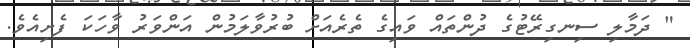
" ދަމާލި ސިނގިރޭޓުގެ ދުންތައް ވައިގެ ތެރެއަށް ބުރުވާލަމުން އަންވަރު ވާހަކަ ފެށިއެވެ.